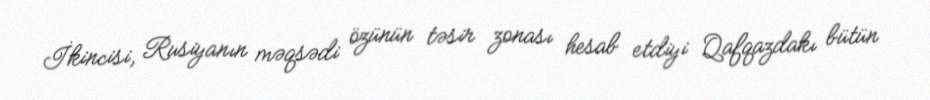
İkincisi, Rusiyanın məqsədi özünün təsir zonası hesab etdiyi Qafqazdakı bütün